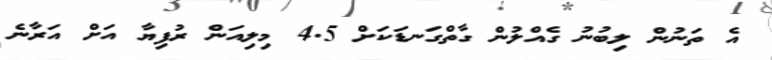
އެ ތަނުން ލިބުނު ގެއްލުން ގާތްގަނޑަކަށް 4.5 މިލިއަން ރުފިޔާ އަށް އަރާނެ